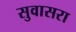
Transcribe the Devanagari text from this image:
सुवासरा